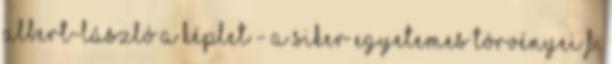
Albert-László A képlet - A siker egyetemes törvényei F.